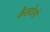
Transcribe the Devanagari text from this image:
कैसटेलो